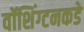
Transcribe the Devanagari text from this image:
वॉशिंग्टनकडे